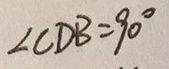
\angle C D B = 9 0 ^ { \circ }